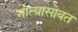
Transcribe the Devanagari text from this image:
मोत्यासोबत